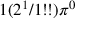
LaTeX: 1 ( 2 ^ { 1 } / 1 ! ! ) \pi ^ { 0 }